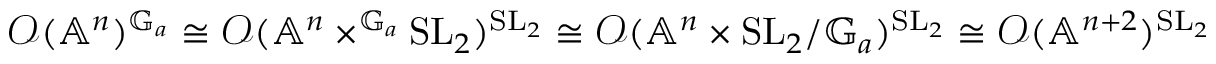
\mathcal O ( \mathbb A ^ { n } ) ^ { \mathbb G _ { a } } \cong \mathcal O ( \mathbb A ^ { n } \times ^ { \mathbb G _ { a } } \mathrm { S L } _ { 2 } ) ^ { \mathrm { S L } _ { 2 } } \cong \mathcal O ( \mathbb A ^ { n } \times \mathrm { S L } _ { 2 } / \mathbb G _ { a } ) ^ { \mathrm { S L } _ { 2 } } \cong \mathcal O ( \mathbb A ^ { n + 2 } ) ^ { \mathrm { S L } _ { 2 } }